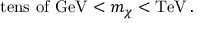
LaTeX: \mathrm { t e n s ~ o f ~ G e V } < m _ { \chi } < \mathrm { T e V \, . }